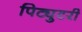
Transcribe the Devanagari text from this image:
पिट्युटरी